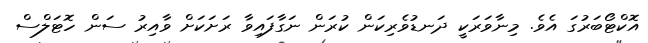
އޮކްޓޯބަރުގަ އެވެ. މިނާވަރަކީ ދަނޑުވެރިކަން ކުރަން ނަގާފައިވާ ރަށަކަށް ވާއިރު ސަން ހޮޓަލްސް